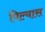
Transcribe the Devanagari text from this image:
पिल्यास